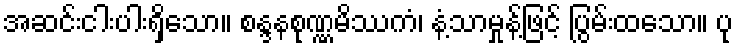
အဆင်းငါးပါးရှိသော။ စန္ဒနစုဏ္ဏမိဿကံ၊ နံ့သာမှုန့်ဖြင့် ပြွမ်းထသော။ ပု